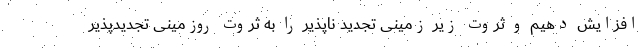
افزایش دهیم و ثروت زیر زمینی تجدید ناپذیر را به ثروت روزمینی تجدیدپذیر